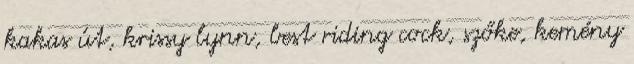
kakas út, krissy lynn, best riding cock, szőke, kemény